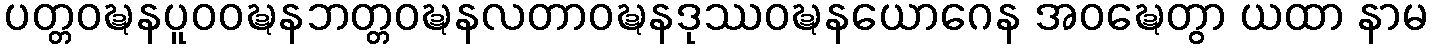
ပတ္တဝဍ္ဎနပူဝဝဍ္ဎနဘတ္တဝဍ္ဎနလတာဝဍ္ဎနဒုဿဝဍ္ဎနယောဂေန အဝဍ္ဎေတွာ ယထာ နာမ